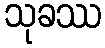
သုခဿ